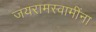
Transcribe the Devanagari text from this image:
जयरामस्वामींना